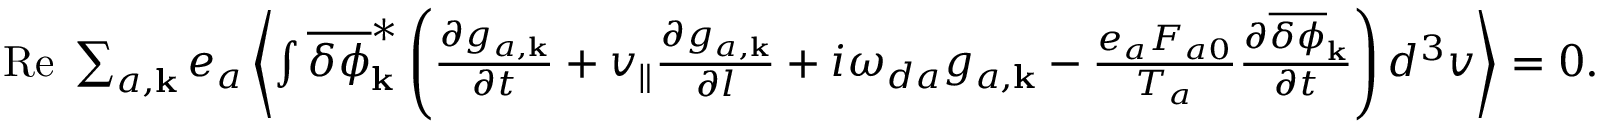
\begin{array} { r } { \mathrm { R e } \; \sum _ { a , { \bf k } } e _ { a } \left\langle \int \overline { { \delta \phi } } _ { \bf k } ^ { \ast } \left( \frac { \partial g _ { a , { \bf k } } } { \partial t } + v _ { \| } \frac { \partial g _ { a , { \bf k } } } { \partial l } + i \omega _ { d a } g _ { a , { \bf k } } - \frac { e _ { a } F _ { a 0 } } { T _ { a } } \frac { \partial \overline { { \delta \phi } } _ { \bf k } } { \partial t } \right) d ^ { 3 } v \right\rangle = 0 . } \end{array}